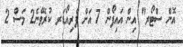
އޮން ސްޓޯރ" އިން އައިފޯން 7 އަށް ޕްރިއޯޑަރ ކުރެވޭނެ2 މަސް 2